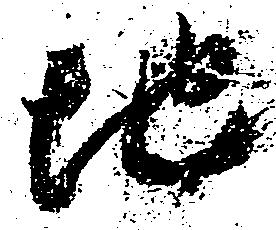
地